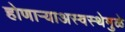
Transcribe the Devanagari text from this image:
होणाऱ्याअस्वस्थेमुळे